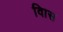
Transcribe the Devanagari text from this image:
विास